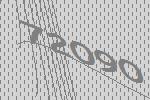
72090